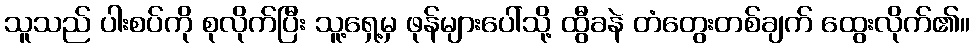
သူသည် ပါးစပ်ကို စုလိုက်ပြီး သူ့ရှေ့မှ ဖုန်များပေါ်သို့ ထွီခနဲ တံတွေးတစ်ချက် ထွေးလိုက်၏။